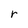
Character: r